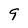
Character: 9